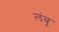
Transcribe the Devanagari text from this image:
लंबू